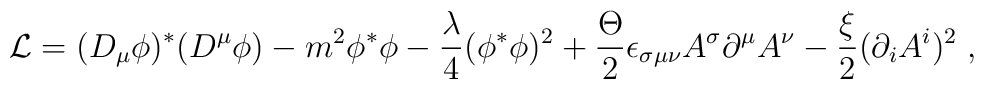
{\cal L}=(D_\mu \phi )^{*}(D^\mu \phi )-m^2\phi ^{*}\phi -\frac \lambda 4(\phi ^{*}\phi )^2+\frac \Theta 2\epsilon _{\sigma \mu \nu }A^\sigma\partial ^\mu A^\nu -\frac \xi 2(\partial _iA^i)^2\;,